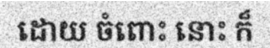
ដោយ ចំពោះ នោះ ក៏